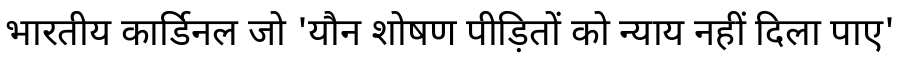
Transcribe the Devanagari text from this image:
भारतीय कार्डिनल जो 'यौन शोषण पीड़ितों को न्याय नहीं दिला पाए'